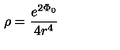
\rho = \frac { e ^ { 2 \Phi _ { 0 } } } { 4 r ^ { 4 } }